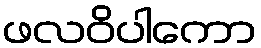
ဖလဝိပါကော